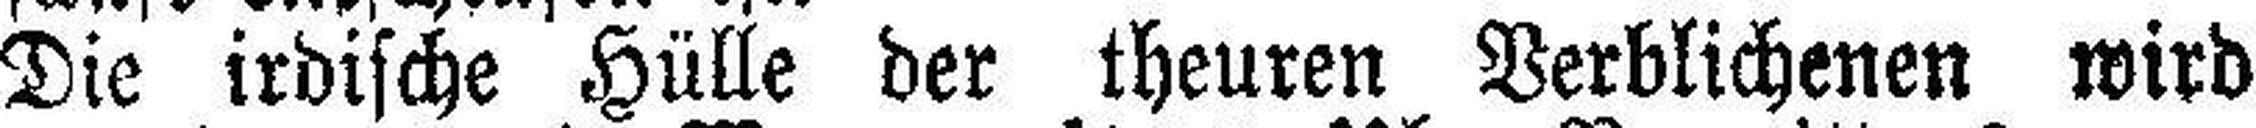
Die irdische Hülle der theuren Verblichenen wird